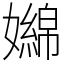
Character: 嬵